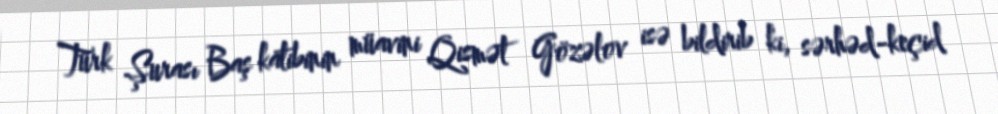
Türk Şurası Baş katibinin müavini Qismət Gözəlov isə bildirib ki, sərhəd-keçid